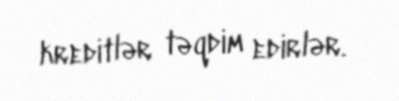
kreditlər təqdim edirlər.